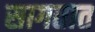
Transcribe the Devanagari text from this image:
सागतात